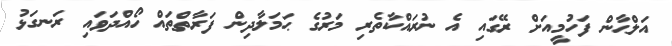
އަލްޙާން ފަހުމީއަށް ރޭގައި އެ ނުރައްކާތެރި މަރުގެ ޙަމަލާދިން ފަރާތްތައް ހޯއްދަވައި ރަނގަޅު